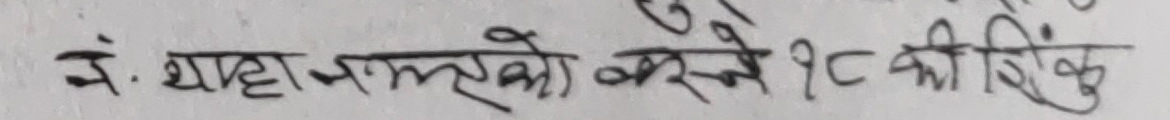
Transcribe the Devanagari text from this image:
पं. थाहा नभएको कस्ले १८ को शिर्कु